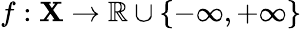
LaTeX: f:\mathbf{X}\to\mathbb{{R}}\cup\{ -\infty,+\infty\}